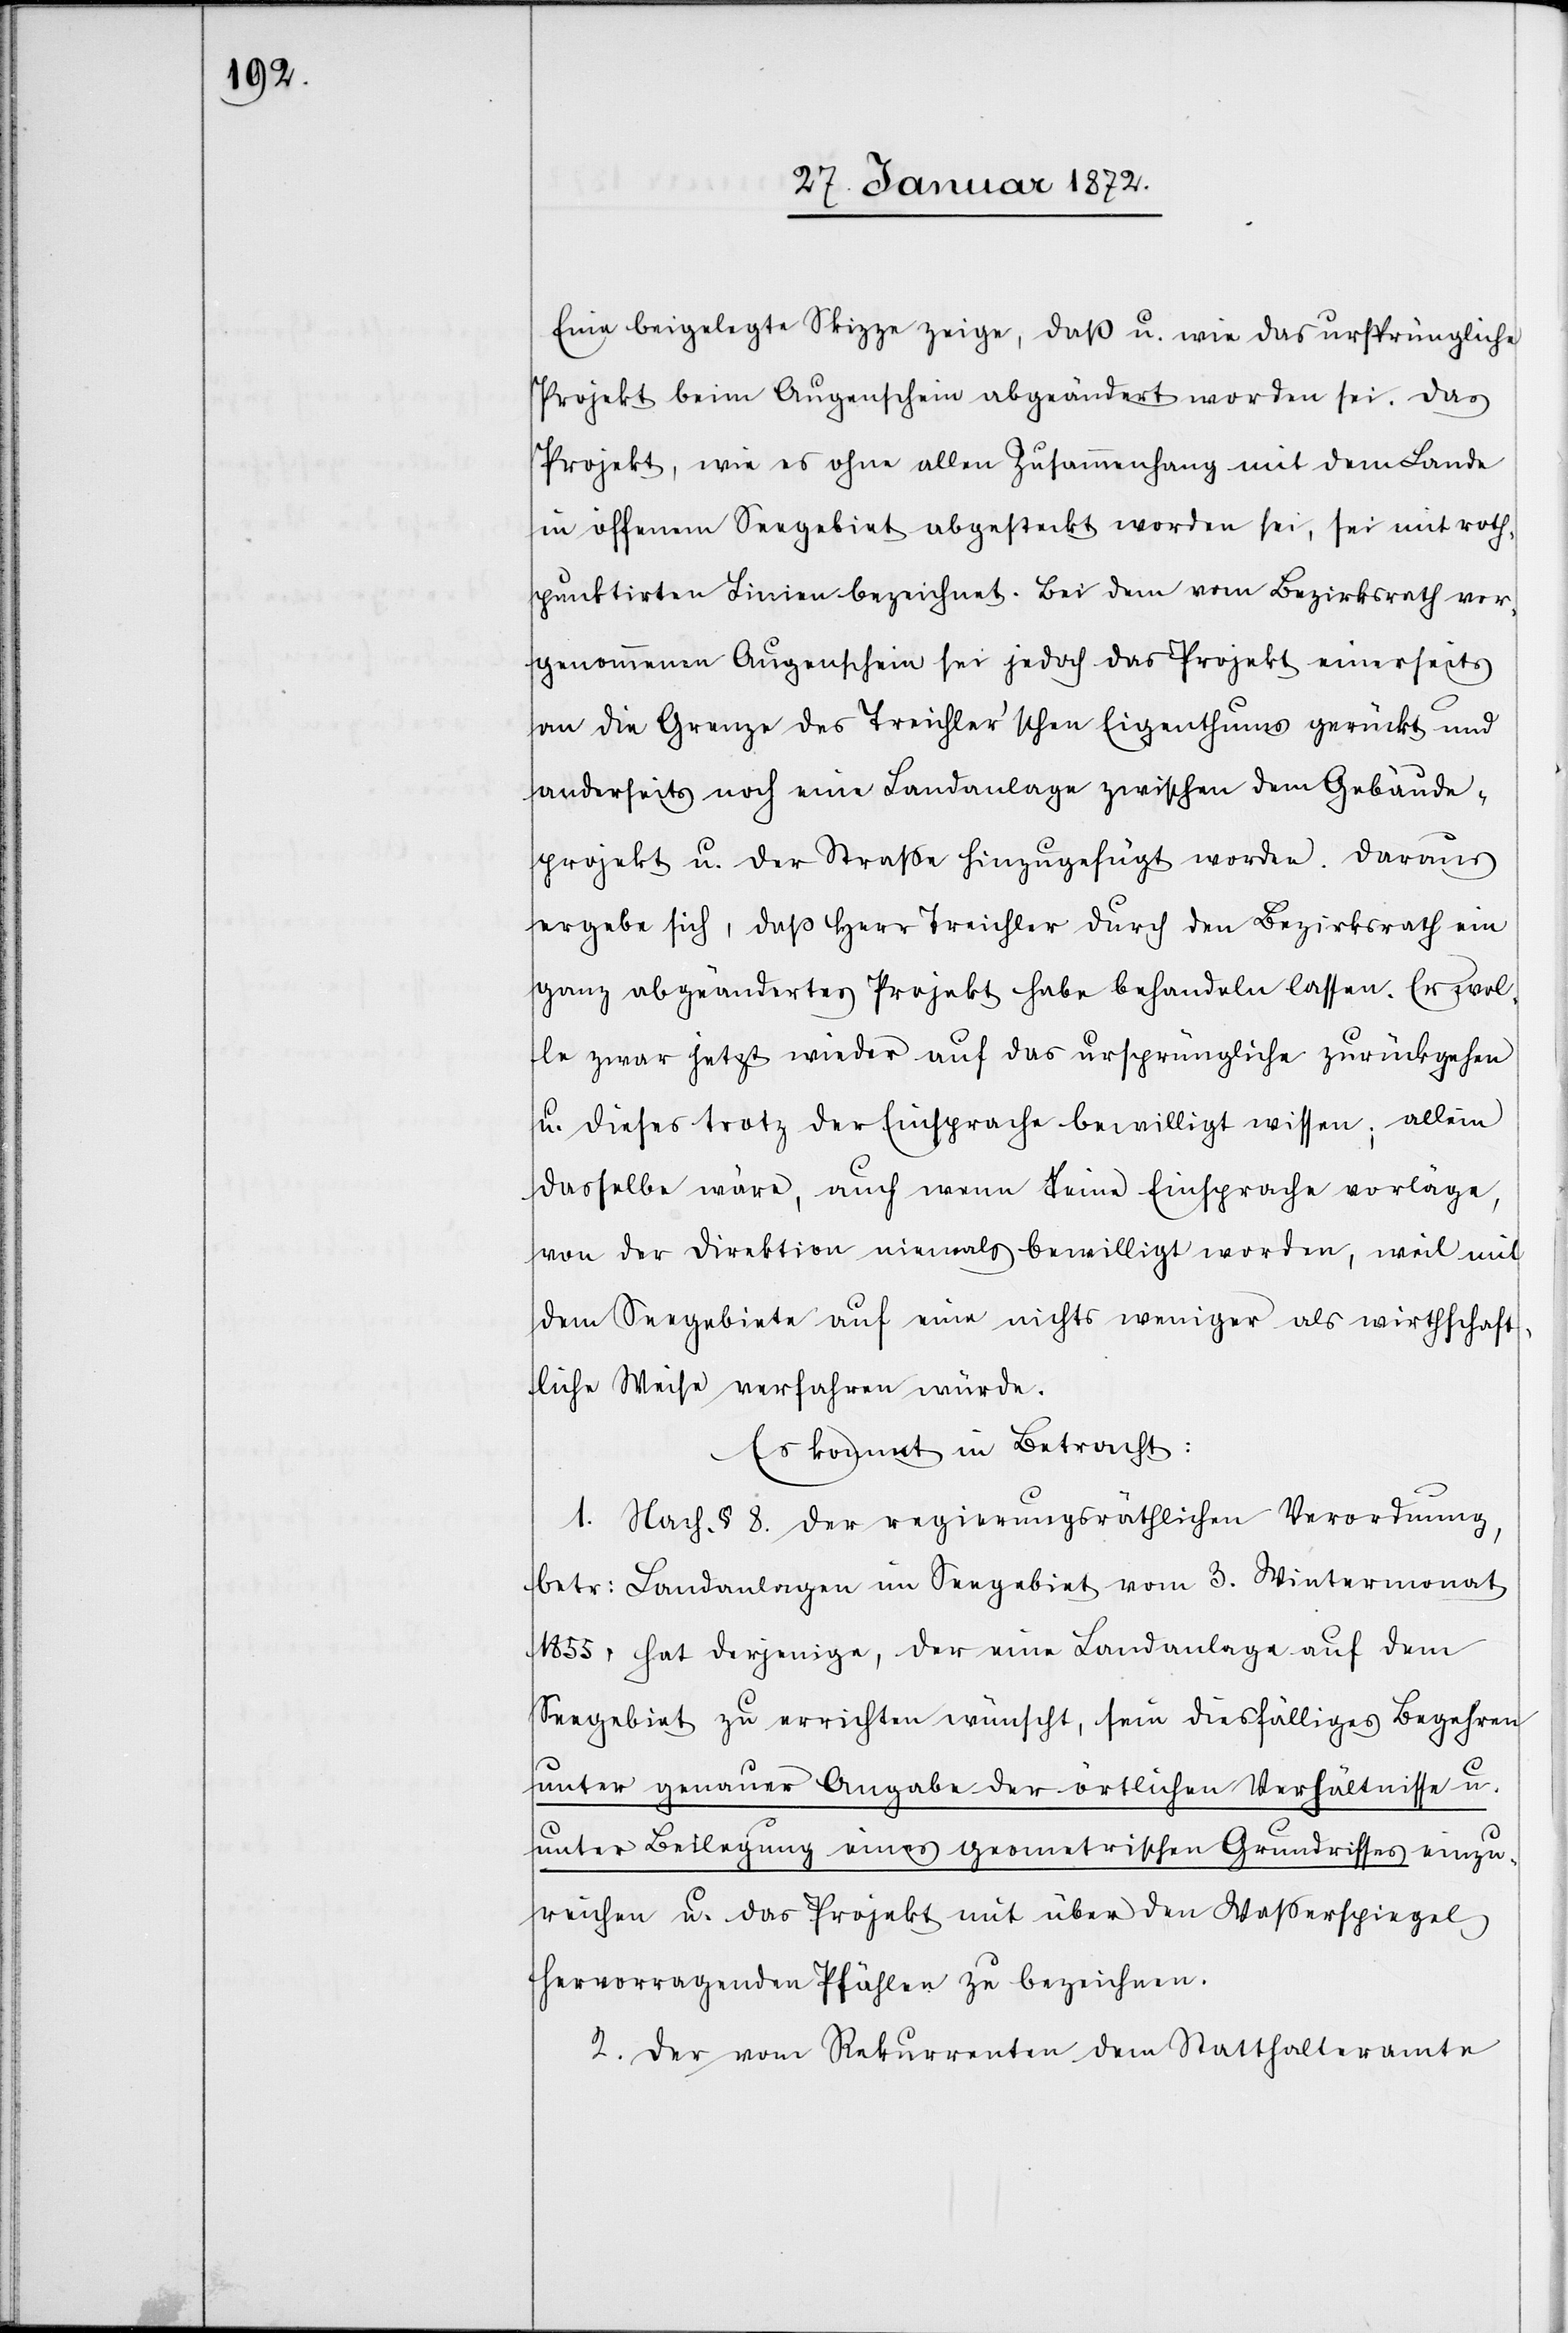
Eine beigelegte Skizze zeige, daß u. wie das ursprüngliche
Projekt beim Augenschein abgeändert worden sei. Das
Projekt, wie es ohne allen Zusammenhang mit dem Lande
in offenem Seegebiet abgesteckt worden sei, sei mit roth¬
punktirten Linien bezeichnet. Bei dem vom Bezirksrath vor¬
genommenen Augenschein sei jedoch das Projekt einerseits
an die Grenze des Treichler’schen Eigenthums gerückt und
anderseits noch eine Landanlage zwischen dem Gebäude¬
projekt u. der Straße hinzugefügt worden. Daraus
ergebe sich, daß Herr Treichler durch den Bezirksrath ein
ganz abgeändertes Projekt habe behandeln lassen. Er wol¬
le zwar jetzt wieder auf das ursprüngliche zurückgehen
u. dieses trotz der Einsprache bewilligt wissen; allein
dasselbe wäre, auch wenn keine Einsprache vorläge,
von der Direktion niemals bewilligt worden, weil mit
dem Seegebiete auf eine nichts weniger als wirthschaft¬
liche Weise verfahren würde.
Es kommt in Betracht:
1. Nach § 8. der regierungsräthlichen Verordnung,
betr. Landanlage im Seegebiet vom 3. Wintermonat
1855, hat derjenige, der eine Landanlage auf dem
Seegebiet zu errichten wünscht, sein diesfälliges Begehren
unter genauer Angabe der örtlichen Verhältnisse u.
unter Beilegung eines geometrischen Grundrisses einzu¬
reichen u. das Projekt mit über den Wasserspiegel
hervorragenden Pfählen zu bezeichnen.
2. Der vom Rekurrenten dem Statthalteramte